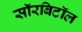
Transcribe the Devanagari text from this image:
सॉरबिटॉल